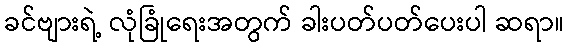
ခင်ဗျားရဲ့ လုံခြုံရေးအတွက် ခါးပတ်ပတ်ပေးပါ ဆရာ။